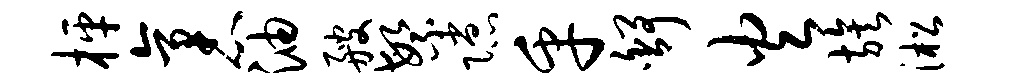
枰袤油艘繁隙乎舒火族淞